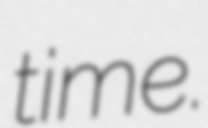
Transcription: time.